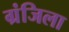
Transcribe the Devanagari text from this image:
ग्रंजिला